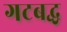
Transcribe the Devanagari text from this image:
गटबद्ध